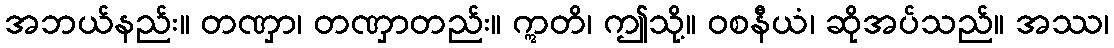
အဘယ်နည်း။ တဏှာ၊ တဏှာတည်း။ ဣတိ၊ ဤသို့။ ဝစနီယံ၊ ဆိုအပ်သည်။ အဿ၊